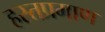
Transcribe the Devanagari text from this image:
हस्तप्रमाण